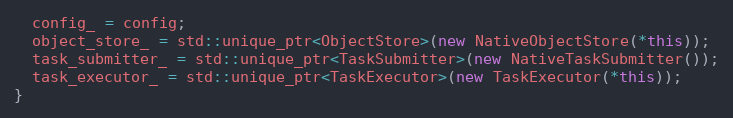
Language: C++
  config_ = config;
  object_store_ = std::unique_ptr<ObjectStore>(new NativeObjectStore(*this));
  task_submitter_ = std::unique_ptr<TaskSubmitter>(new NativeTaskSubmitter());
  task_executor_ = std::unique_ptr<TaskExecutor>(new TaskExecutor(*this));
}